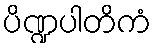
ပိဏ္ဍပါတိကံ